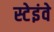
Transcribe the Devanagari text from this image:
स्टेइंवे